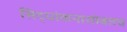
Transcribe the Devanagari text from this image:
सिद्धांकनासोबतच